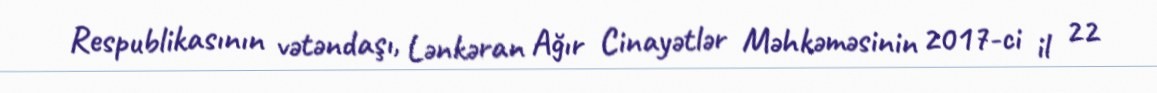
Respublikasının vətəndaşı, Lənkəran Ağır Cinayətlər Məhkəməsinin 2017-ci il 22